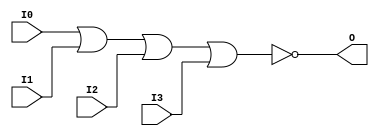
// $Header: /devl/xcs/repo/env/Databases/CAEInterfaces/xec_libs/data/unisims/NOR4.v,v 1.1 2005/05/10 01:20:06 wloo Exp $

/*

FUNCTION	: 4-INPUT NOR GATE

*/

`celldefine
`timescale  100 ps / 10 ps

module NOR4 (O, I0, I1, I2, I3);

    output O;

    input  I0, I1, I2, I3;

    nor O1 (O, I0, I1, I2, I3);

endmodule